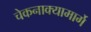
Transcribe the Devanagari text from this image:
चेकनाक्यामार्गे